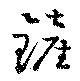
鏟